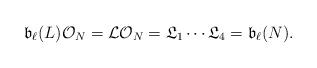
LaTeX: \begin{align*}\mathfrak{b}_{\ell}(L)\mathcal{O}_N=\mathcal{L}\mathcal{O}_N=\mathfrak{L}_1\cdots\mathfrak{L}_4=\mathfrak{b}_{\ell}(N).\end{align*}